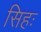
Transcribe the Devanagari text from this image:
सिहः